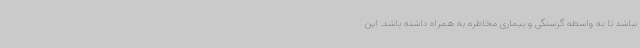
نباشد تا به واسطه گرسنگی و بیماری مخاطره به همراه داشته باشد. این